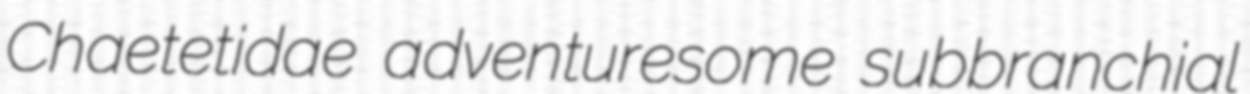
Chaetetidae adventuresome subbranchial